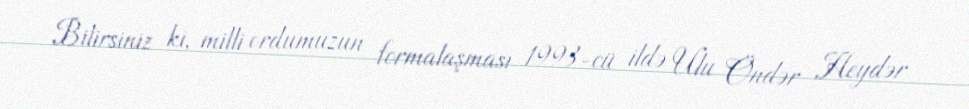
Bilirsiniz ki, milli ordumuzun formalaşması 1993-cü ildə Ulu Öndər Heydər